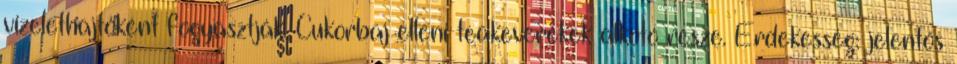
vizelethajtóként fogyasztják. Cukorbaj elleni teakeverékek alkotó része. Érdekesség: jelentős